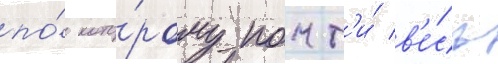
по́ кото́рому почт'и́ в'е́сь